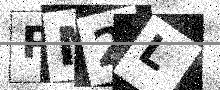
Text: PM2L